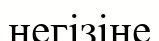
негізіне